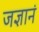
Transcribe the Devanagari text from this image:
जज्ञानं